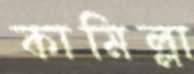
কামিল্লা